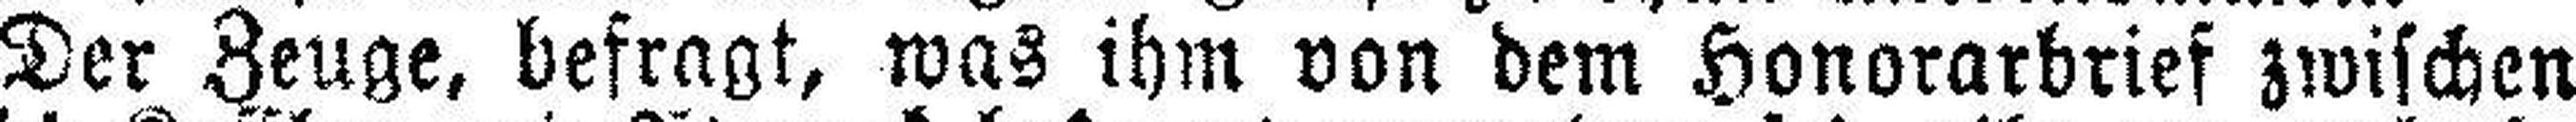
Der Zeuge, befragt, was ihm von dem Honorarbrief zwischen